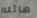
هائله